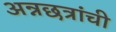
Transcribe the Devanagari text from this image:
अन्नछत्रांची